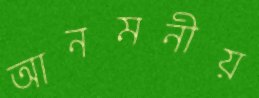
আনমনীয়